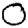
Digit: 0